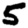
Digit: 5